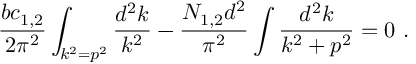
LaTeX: { \frac { b c _ { 1 , 2 } } { 2 \pi ^ { 2 } } } \int _ { k ^ { 2 } = p ^ { 2 } } { \frac { d ^ { 2 } k } { k ^ { 2 } } } - { \frac { N _ { 1 , 2 } d ^ { 2 } } { \pi ^ { 2 } } } \int { \frac { d ^ { 2 } k } { k ^ { 2 } + p ^ { 2 } } } = 0 ~ .